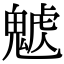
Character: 𩳰